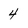
Character: 4